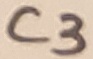
Text: C3